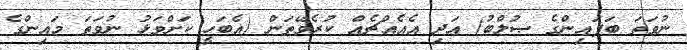
ނުވަތަ ބަފައިންގެ ޞުލްބު) އަދި އެއެއްޗެއް ކުރެވޭތަން (އެބަހީ ކަށްވަޅު ނުވަތަ މައިންގެ